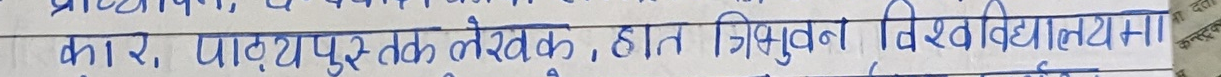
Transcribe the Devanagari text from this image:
कार, पाठ्यपुस्तक लेखक, हात त्रिभुवन विश्वविद्यालयमा